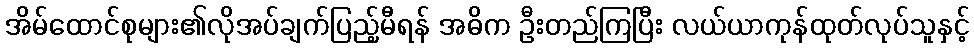
အိမ်ထောင်စုများ၏လိုအပ်ချက်ပြည့်မီရန် အဓိက ဦးတည်ကြပြီး လယ်ယာကုန်ထုတ်လုပ်သူနှင့်